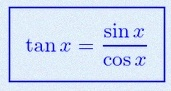
\tan x=\frac{\sin x}{\cos x}